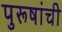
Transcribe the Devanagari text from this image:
पुरूषांची